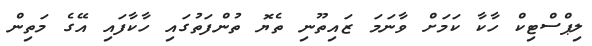
ލިޕްސްޓިކް ހާކާ ކަމަށް ވާނަމަ ޒައިތޫނި ތެޔޮ ތުންފަތުގައި ހާކާފައި އޭގެ މަތިން